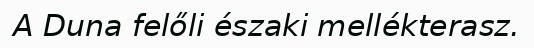
A Duna felőli északi mellékterasz.